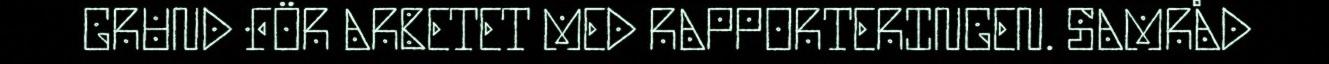
GRUND FÖR ARBETET MED RAPPORTERINGEN. SAMRÅD